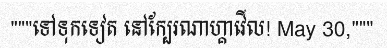
"""ទៅទុកទៀត នៅក្បែរណាហ្គាវើល! May 30,"""